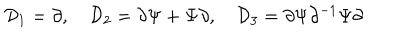
{ \cal D } _ { 1 } = \partial , \quad { \cal D } _ { 2 } = \partial \Psi + \Psi \partial , \quad { \cal D } _ { 3 } = \partial \Psi \partial ^ { - 1 } \Psi \partial